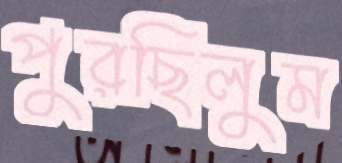
পুরছিলুম